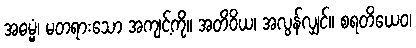
အဓမ္မံ၊ မတရားသော အကျင့်ကို။ အတိဝိယ၊ အလွန်လျှင်။ စရတိယေဝ၊